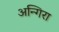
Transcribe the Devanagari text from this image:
अन्गिरा